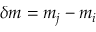
\delta m = m _ { j } - m _ { i }